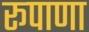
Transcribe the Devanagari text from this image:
रूपाणा